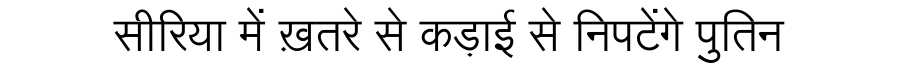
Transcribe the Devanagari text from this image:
सीरिया में ख़तरे से कड़ाई से निपटेंगे पुतिन